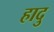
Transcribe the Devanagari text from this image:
हादु